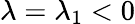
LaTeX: \lambda=\lambda_{1}<0